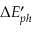
\Delta E _ { p h } ^ { \prime }